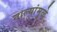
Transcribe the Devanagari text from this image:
नाल्यांमुळे